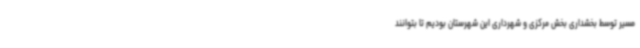
مسیر توسط بخشداری بخش مرکزی و شهرداری این شهرستان بودیم تا بتوانند